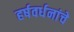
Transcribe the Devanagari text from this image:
हर्षवर्धनांचे